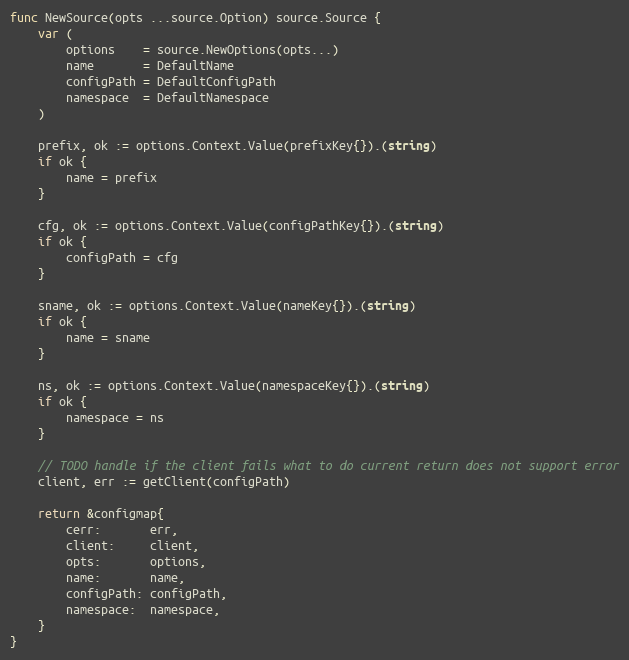
Language: Go
func NewSource(opts ...source.Option) source.Source {
	var (
		options    = source.NewOptions(opts...)
		name       = DefaultName
		configPath = DefaultConfigPath
		namespace  = DefaultNamespace
	)

	prefix, ok := options.Context.Value(prefixKey{}).(string)
	if ok {
		name = prefix
	}

	cfg, ok := options.Context.Value(configPathKey{}).(string)
	if ok {
		configPath = cfg
	}

	sname, ok := options.Context.Value(nameKey{}).(string)
	if ok {
		name = sname
	}

	ns, ok := options.Context.Value(namespaceKey{}).(string)
	if ok {
		namespace = ns
	}

	// TODO handle if the client fails what to do current return does not support error
	client, err := getClient(configPath)

	return &configmap{
		cerr:       err,
		client:     client,
		opts:       options,
		name:       name,
		configPath: configPath,
		namespace:  namespace,
	}
}